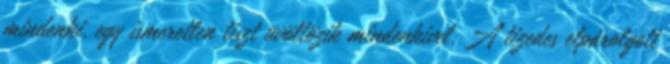
mindenki, egy ismeretlen tiszt üvöltözik mindenkivel. A tizedes elpárolgott